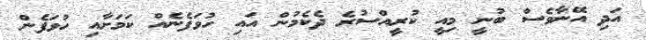
އަދި އޭނާވެސް ބުނީ މިއީ ކުރީއްސުރެ ދެކެމުން އައި ހުވަފެނެއް ކަމަށާއި ހުވަފެން